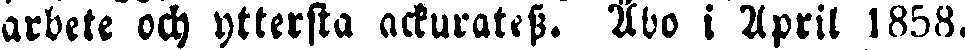
arbete och yttersta ackuratess. Åbo i April 1858.